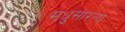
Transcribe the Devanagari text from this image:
मधुसारत्य